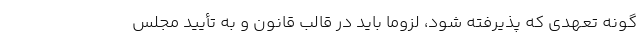
گونه تعهدی که پذیرفته شود، لزوماً باید در قالب قانون و به تأیید مجلس